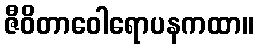
ဇီဝိတာဝေါရောပနကထာ။